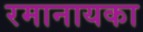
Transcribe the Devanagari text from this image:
रमानायका